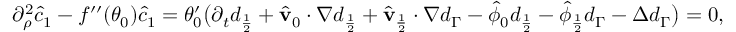
\begin{array} { r } { \partial _ { \rho } ^ { 2 } \hat { c } _ { 1 } - f ^ { \prime \prime } ( \theta _ { 0 } ) \hat { c } _ { 1 } = \theta _ { 0 } ^ { \prime } \big ( \partial _ { t } d _ { \frac { 1 } { 2 } } + \hat { \mathbf { v } } _ { 0 } \cdot \nabla d _ { \frac { 1 } { 2 } } + \hat { \mathbf { v } } _ { \frac { 1 } { 2 } } \cdot \nabla d _ { \Gamma } - \hat { \phi } _ { 0 } d _ { \frac { 1 } { 2 } } - \hat { \phi } _ { \frac { 1 } { 2 } } d _ { \Gamma } - \Delta d _ { \Gamma } \big ) = 0 , } \end{array}